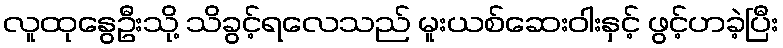
လူထုနွေဦးသို့ သိခွင့်ရလေသည် မူးယစ်ဆေးဝါးနှင့် ဖွင့်ဟခဲ့ပြီး